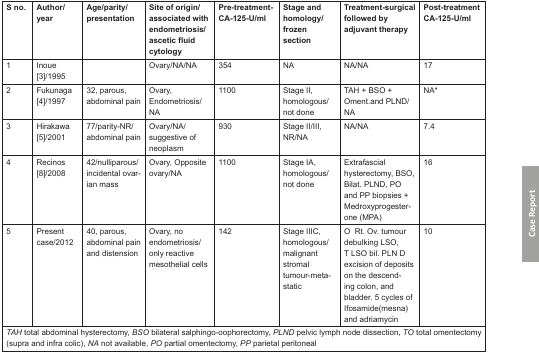
<table><thead><tr><td><b>S no.</b></td><td><b>Author/ year</b></td><td><b>Age/parity/ presentation</b></td><td><b>Site of origin/ associated with endometriosis/ ascetic fluid cytology</b></td><td><b>Pre-treatment-CA-125-U/ml</b></td><td><b>Stage and homology/ frozen section</b></td><td><b>Treatment-surgical followed by adjuvant therapy</b></td><td><b>Post-treatment CA-125-U/ml</b></td></tr></thead><tbody><tr><td>1</td><td>Inoue [3]/1995</td><td></td><td>Ovary/NA/NA</td><td>354</td><td>NA</td><td>NA/NA</td><td>17</td></tr><tr><td>2</td><td>Fukunaga [4]/1997</td><td>32, parous, abdominal pain</td><td>Ovary, Endometriosis/ NA</td><td>1100</td><td>Stage II, homologous/ not done</td><td>TAH + BSO + Oment.and PLND/ NA</td><td>NA*</td></tr><tr><td>3</td><td>Hirakawa [5]/2001</td><td>77/parity-NR/ abdominal pain</td><td>Ovary/NA/ suggestive of neoplasm</td><td>930</td><td>Stage II/III, NR/NA</td><td>NA/NA</td><td>7.4</td></tr><tr><td>4</td><td>Recinos [8]/2008</td><td>42/nulliparous/ incidental ovar-ian mass</td><td>Ovary, Opposite ovary/NA</td><td>1100</td><td>Stage IA, homologous/ not done</td><td>Extrafascial hysterectomy, BSO, Bilat. PLND, PO and PP biopsies + Medroxyprogester-one (MPA)</td><td>16</td></tr><tr><td>5</td><td>Present case/2012</td><td>40, parous, abdominal pain and distension</td><td>Ovary, no endometriosis/ only reactive mesothelial cells</td><td>142</td><td>Stage IIIC, homologous/ malignant stromal tumour-meta-static</td><td>O Rt. Ov. tumour debulking LSO, T LSO bil. PLN D excision of deposits on the descend-ing colon, and bladder. 5 cycles of Ifosamide(mesna) and adriamycin</td><td>10</td></tr><tr><td colspan="8"><i>TAH</i> total abdominal hysterectomy, <i>BSO</i> bilateral salphingo-oophorectomy, <i>PLND</i> pelvic lymph node dissection, <i>TO</i> total omentectomy (supra and infra colic), <i>NA</i> not available, <i>PO</i> partial omentectomy, <i>PP</i> parietal peritoneal</td></tr></tbody></table>